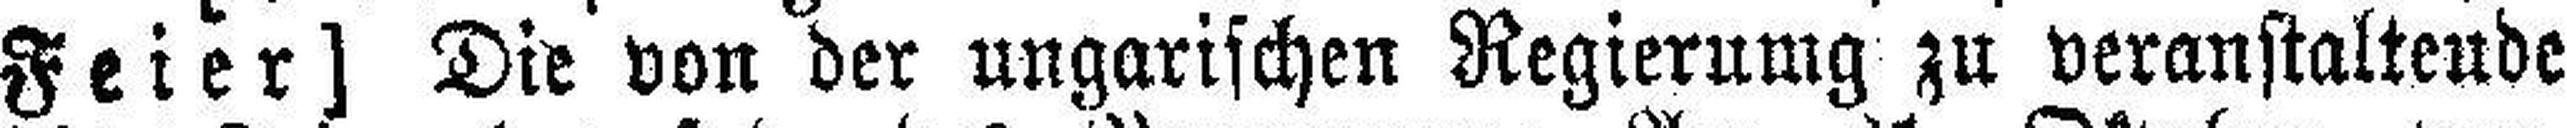
Feier] Die von der ungarischen Regierumg zu veranstaltende